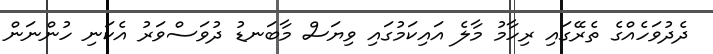
ދެދުވަހެއްގެ ތެރޭގައި ރިހާމު މާލެ އައިކަމުގައި ވިޔަސް މާބަނޑު ދުވަސްވަރު އެކަނި ހުންނަން